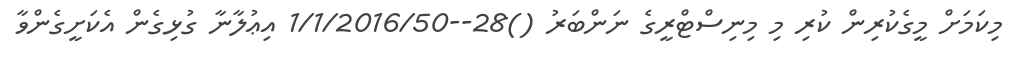
މިކަމަށް މީގެކުރިން ކުރި މި މިނިސްޓްރީގެ ނަންބަރު ()28--1/1/2016/50 އިޢުލާނާ ގުޅިގެން އެކަށީގެންވާ